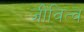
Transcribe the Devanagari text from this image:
जीवित्व